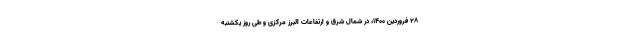
۲۸ فروردین ۱۴۰۰، در شمال شرق و ارتفاعات البرز مرکزی و طی روز یکشنبه